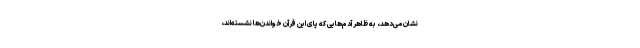
نشان می‌دهد، به ظاهر آدم‌هایی که پای این قرآن خواندن‌ها نشسته‌اند،